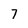
Character: 7